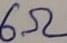
Text: 6Ω